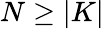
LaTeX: N\geq|K|